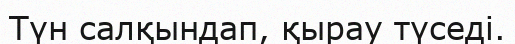
Түн салқындап, қырау түседі.